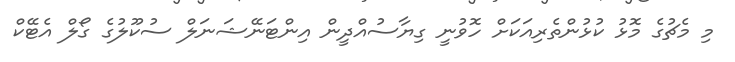
މި މެޗުގެ މޮޅު ކުޅުންތެރިއަކަށް ހޮވުނީ ގިޔާސުއްދީން އިންޓަނޭޝަނަލް ސުކޫލުގެ ގޯލް އެޓޭކް